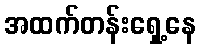
အထက်တန်းရှေ့နေ